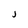
Character: J